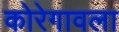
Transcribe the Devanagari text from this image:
कोरेगावला